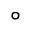
\circ